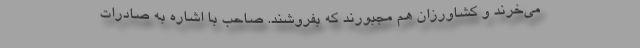
می‌خرند و کشاورزان هم مجبورند که بفروشند. صاحب با اشاره به صادرات